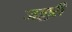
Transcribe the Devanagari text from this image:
जल्लरी